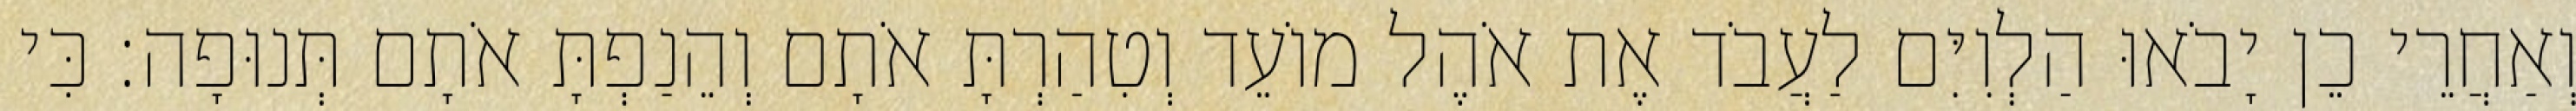
וְאַחֲרֵי כֵן יָבֹאוּ הַלְוִיִּם לַעֲבֹד אֶת אֹהֶל מוֹעֵד וְטִהַרְתָּ אֹתָם וְהֵנַפְתָּ אֹתָם תְּנוּפָה׃ כִּי